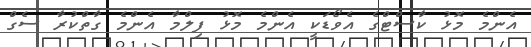
އެންމެ މޮޅު ކާސްޓްގެ އެވޯޑަކީ އެންމެ މޮޅު ފިލްމާ އެންމެ ގާތްކުރާ ސެގް